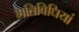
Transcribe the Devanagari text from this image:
गतिविधियां